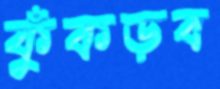
কুঁকড়ব